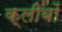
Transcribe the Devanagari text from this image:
क्लीबों